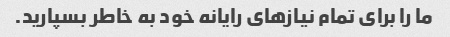
ما را برای تمام نیازهای رایانه خود به خاطر بسپارید.